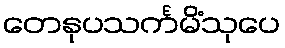
တေနုပသင်္ကမိံသုပေ